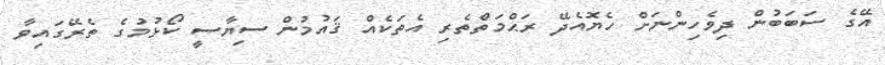
އޭގެ ސަބަބުން ދިވެހިންނަށް ހެޔޮއެދޭ ރަޙްމަތްތެރި އެތަކެއް ޤައުމުން ސިޔާސީ ކޯޅުމުގެ ތެރޭގައިވާ